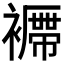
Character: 𧞝